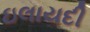
ઇલાયદી